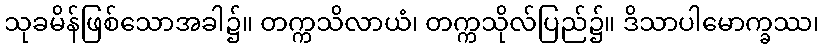
သုခမိန်ဖြစ်သောအခါ၌။ တက္ကသိလာယံ၊ တက္ကသိုလ်ပြည်၌။ ဒိသာပါမောက္ခဿ၊